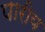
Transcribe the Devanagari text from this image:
पारीय